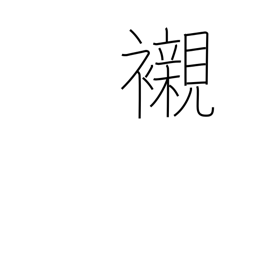
Meaning: underwear